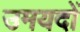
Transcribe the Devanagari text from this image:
उमयदों